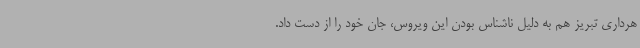
هرداری تبریز هم به دلیل ناشناس بودن این ویروس، جان خود را از دست داد.